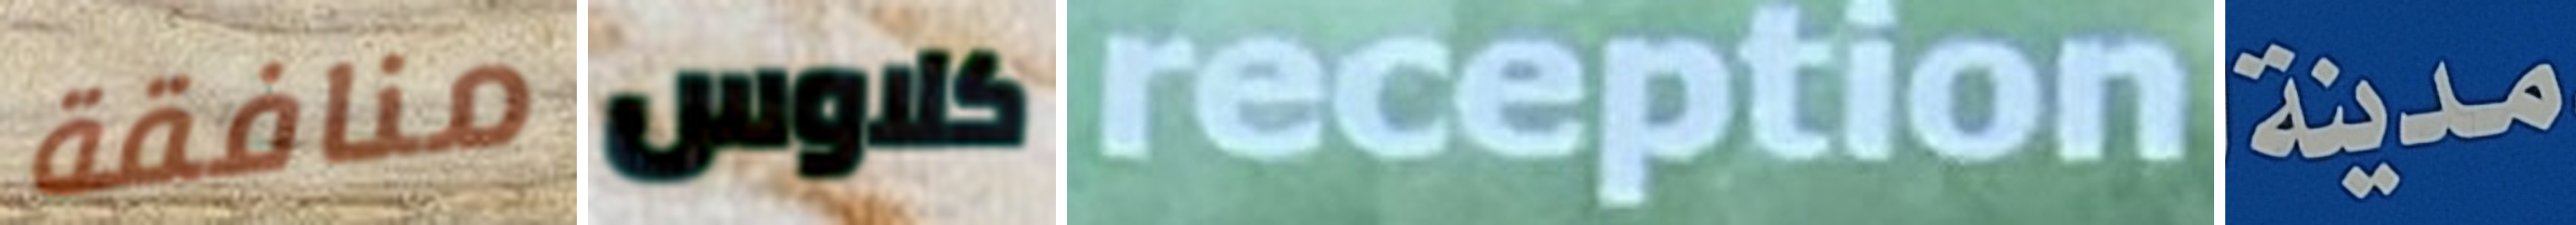
منافقة كلاوس reception مدينة